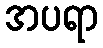
အပရာ